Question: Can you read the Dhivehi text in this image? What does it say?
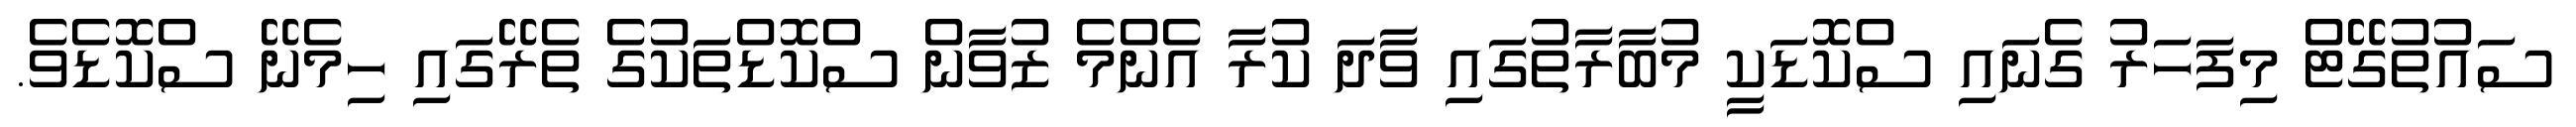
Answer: ސައުތުގޭޓް މިފަހަރު ގެނައި ސްކޮޑަކީ މުބާރާތުގައި ވާދަ ކުރާ އެންމެ ޒުވާން ސްކޮޑްތަކުގެ ތެރޭގައި ހިމެނޭ ސްކޮޑެވެ.